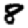
Digit: 8